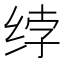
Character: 𰬘